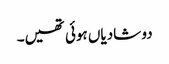
دو شادیاں ہوئی تھیں۔